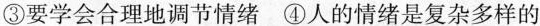
③要学会合理地调节情绪 ④人的情绪是复杂多样的